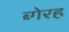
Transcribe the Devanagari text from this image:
ब्गेरह